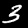
Digit: 3